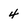
Character: 4